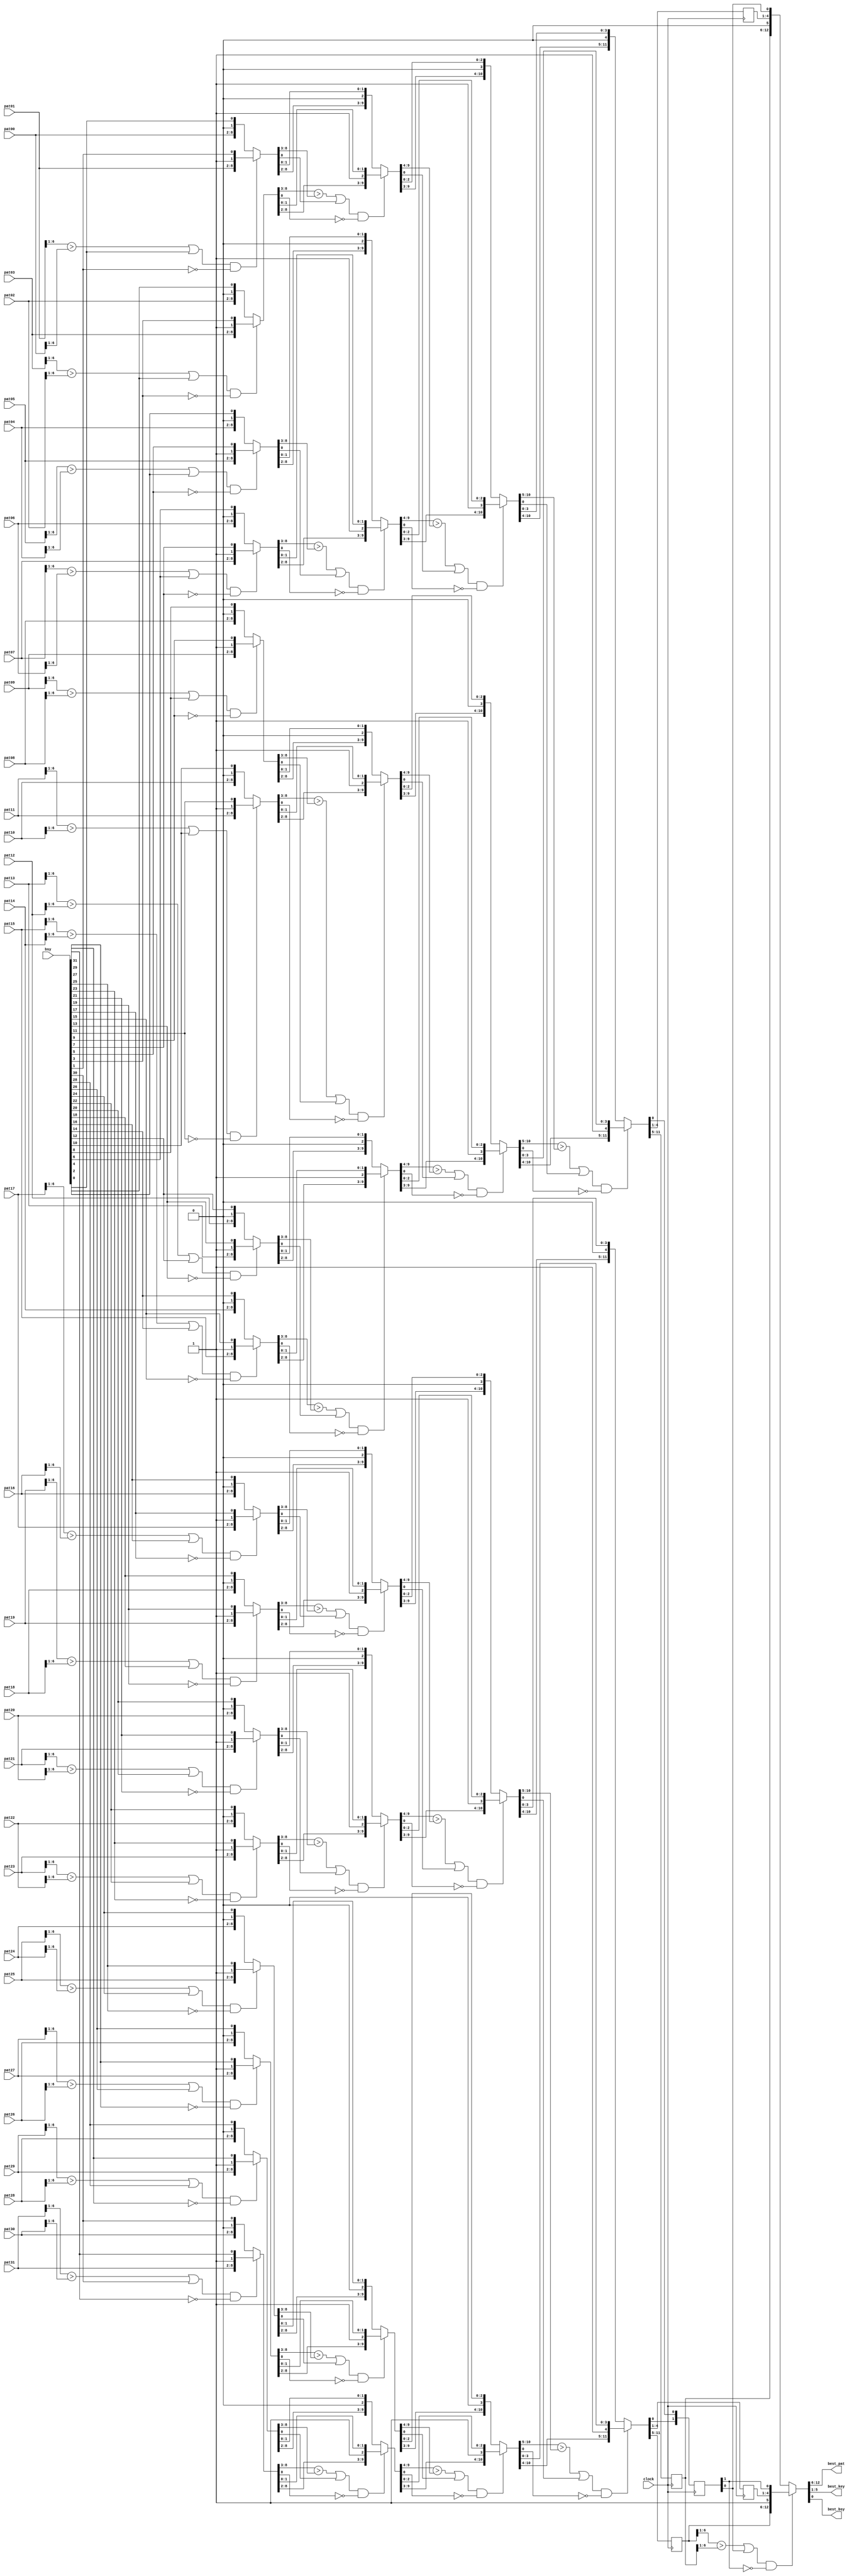
`timescale 1ns / 1ps
//-------------------------------------------------------------------------------------------------------------------
// Best 1 of 32 1/2-strip patterns:
//  Uses compare-by-twos tree to find best 1 of 32 patterns
//
//  11/08/2006  Initial
//  12/11/2006  Add pipeline latches
//  12/13/2006  Non-busy version
//  12/20/2006  Replace envelope hits with pattern ids
//  12/22/2006  Sort based on 6-bit patterns instead of just number of hits
//  01/10/2007  Increase pattern bits to 3 hits + 4 bends
//  01/25/2007  Add busy logic to best_1of32.v
//  01/26/2007  Mod multiplexers to favor lower keys
//  05/04/2007  Remove pipleline clock at 2 of 4 stage
//  05/07/2007  Confirm pipeline is optimized at best 2 of 4 stage
//  05/08/2007  Change pattern numbers 1-9 to 0-8 so lsb now implies bend direction, ignore lsb during sort
//  08/20/2009  Add register balancing
//  08/21/2009  Take out register balancing, ise8.2 does not need it
//  08/12/2010  Port to ISE 12
//-------------------------------------------------------------------------------------------------------------------
  module best_1of32_busy
  (
  clock,

  pat00, pat01, pat02, pat03, pat04, pat05, pat06, pat07,
  pat08, pat09, pat10, pat11, pat12, pat13, pat14, pat15,
  pat16, pat17, pat18, pat19, pat20, pat21, pat22, pat23,
  pat24, pat25, pat26, pat27, pat28, pat29, pat30, pat31,
  bsy,

  best_pat,
  best_key,
  best_bsy
  );

// Constants
  parameter MXPATB    =  3+4;    // Pattern bits
  parameter MXKEYB    =  5;      // Number of 1/2-strip key bits on 1 CFEB
  parameter MXKEY      =  32;      // Number of key 1/2-strips on 1 CFEB

// Ports
  input          clock;

  input  [MXPATB-1:0]  pat00, pat01, pat02, pat03, pat04, pat05, pat06, pat07;
  input  [MXPATB-1:0]  pat08, pat09, pat10, pat11, pat12, pat13, pat14, pat15;
  input  [MXPATB-1:0]  pat16, pat17, pat18, pat19, pat20, pat21, pat22, pat23;
  input  [MXPATB-1:0]  pat24, pat25, pat26, pat27, pat28, pat29, pat30, pat31;
  input  [MXKEY-1:0]    bsy;
  
  output  [MXPATB-1:0]  best_pat;
  output  [MXKEYB-1:0]  best_key;
  output          best_bsy;

// Local 2d Arrays
  wire [MXPATB-1:0]  pat_s0  [15:0];
  wire [MXPATB-1:0]  pat_s1  [7:0];
  wire [MXPATB-1:0]  pat_s2  [3:0];
  reg  [MXPATB-1:0]  pat_s3  [1:0];
  wire [MXPATB-1:0]  pat_s4  [0:0];

  wire [0:0]  key_s0  [15:0];
  wire [1:0]  key_s1  [7:0];
  wire [2:0]  key_s2  [3:0];
  reg  [3:0]  key_s3  [1:0];
  wire [4:0]  key_s4  [0:0];

  wire [15:0]  bsy_s0;
  wire [7:0]  bsy_s1;
  wire [3:0]  bsy_s2;
  reg  [1:0]  bsy_s3;
  wire [0:0]  bsy_s4;

// Stage 0: Best 16 of 32
  assign {pat_s0[15],key_s0[15],bsy_s0[15]} = (pat31[6:1] > pat30[6:1] | bsy[30]) & !bsy[31] ? {pat31,1'b1,bsy[31]} : {pat30,1'b0,bsy[30]};
  assign {pat_s0[14],key_s0[14],bsy_s0[14]} = (pat29[6:1] > pat28[6:1] | bsy[28]) & !bsy[29] ? {pat29,1'b1,bsy[29]} : {pat28,1'b0,bsy[28]};
  assign {pat_s0[13],key_s0[13],bsy_s0[13]} = (pat27[6:1] > pat26[6:1] | bsy[26]) & !bsy[27] ? {pat27,1'b1,bsy[27]} : {pat26,1'b0,bsy[26]};
  assign {pat_s0[12],key_s0[12],bsy_s0[12]} = (pat25[6:1] > pat24[6:1] | bsy[24]) & !bsy[25] ? {pat25,1'b1,bsy[25]} : {pat24,1'b0,bsy[24]};

  assign {pat_s0[11],key_s0[11],bsy_s0[11]} = (pat23[6:1] > pat22[6:1] | bsy[22]) & !bsy[23] ? {pat23,1'b1,bsy[23]} : {pat22,1'b0,bsy[22]};
  assign {pat_s0[10],key_s0[10],bsy_s0[10]} = (pat21[6:1] > pat20[6:1] | bsy[20]) & !bsy[21] ? {pat21,1'b1,bsy[21]} : {pat20,1'b0,bsy[20]};
  assign {pat_s0[ 9],key_s0[ 9],bsy_s0[ 9]} = (pat19[6:1] > pat18[6:1] | bsy[18]) & !bsy[19] ? {pat19,1'b1,bsy[19]} : {pat18,1'b0,bsy[18]};
  assign {pat_s0[ 8],key_s0[ 8],bsy_s0[ 8]} = (pat17[6:1] > pat16[6:1] | bsy[16]) & !bsy[17] ? {pat17,1'b1,bsy[17]} : {pat16,1'b0,bsy[16]};

  assign {pat_s0[ 7],key_s0[ 7],bsy_s0[ 7]} = (pat15[6:1] > pat14[6:1] | bsy[14]) & !bsy[15] ? {pat15,1'b1,bsy[15]} : {pat14,1'b0,bsy[14]};
  assign {pat_s0[ 6],key_s0[ 6],bsy_s0[ 6]} = (pat13[6:1] > pat12[6:1] | bsy[12]) & !bsy[13] ? {pat13,1'b1,bsy[13]} : {pat12,1'b0,bsy[12]};
  assign {pat_s0[ 5],key_s0[ 5],bsy_s0[ 5]} = (pat11[6:1] > pat10[6:1] | bsy[10]) & !bsy[11] ? {pat11,1'b1,bsy[11]} : {pat10,1'b0,bsy[10]};
  assign {pat_s0[ 4],key_s0[ 4],bsy_s0[ 4]} = (pat09[6:1] > pat08[6:1] | bsy[ 8]) & !bsy[ 9] ? {pat09,1'b1,bsy[ 9]} : {pat08,1'b0,bsy[ 8]};

  assign {pat_s0[ 3],key_s0[ 3],bsy_s0[ 3]} = (pat07[6:1] > pat06[6:1] | bsy[ 6]) & !bsy[ 7] ? {pat07,1'b1,bsy[ 7]} : {pat06,1'b0,bsy[ 6]};
  assign {pat_s0[ 2],key_s0[ 2],bsy_s0[ 2]} = (pat05[6:1] > pat04[6:1] | bsy[ 4]) & !bsy[ 5] ? {pat05,1'b1,bsy[ 5]} : {pat04,1'b0,bsy[ 4]};
  assign {pat_s0[ 1],key_s0[ 1],bsy_s0[ 1]} = (pat03[6:1] > pat02[6:1] | bsy[ 2]) & !bsy[ 3] ? {pat03,1'b1,bsy[ 3]} : {pat02,1'b0,bsy[ 2]};
  assign {pat_s0[ 0],key_s0[ 0],bsy_s0[ 0]} = (pat01[6:1] > pat00[6:1] | bsy[ 0]) & !bsy[ 1] ? {pat01,1'b1,bsy[ 1]} : {pat00,1'b0,bsy[ 0]};

// Stage 1: Best 8 of 16
  assign {pat_s1[7],key_s1[7],bsy_s1[7]} = (pat_s0[15][6:1] > pat_s0[14][6:1] | bsy_s0[14]) & !bsy_s0[15] ? {pat_s0[15],{1'b1,key_s0[15]},bsy_s0[15]} : {pat_s0[14],{1'b0,key_s0[14]},bsy_s0[14]};
  assign {pat_s1[6],key_s1[6],bsy_s1[6]} = (pat_s0[13][6:1] > pat_s0[12][6:1] | bsy_s0[12]) & !bsy_s0[13] ? {pat_s0[13],{1'b1,key_s0[13]},bsy_s0[13]} : {pat_s0[12],{1'b0,key_s0[12]},bsy_s0[12]};
  assign {pat_s1[5],key_s1[5],bsy_s1[5]} = (pat_s0[11][6:1] > pat_s0[10][6:1] | bsy_s0[10]) & !bsy_s0[11] ? {pat_s0[11],{1'b1,key_s0[11]},bsy_s0[11]} : {pat_s0[10],{1'b0,key_s0[10]},bsy_s0[10]};
  assign {pat_s1[4],key_s1[4],bsy_s1[4]} = (pat_s0[ 9][6:1] > pat_s0[ 8][6:1] | bsy_s0[ 8]) & !bsy_s0[ 9] ? {pat_s0[ 9],{1'b1,key_s0[ 9]},bsy_s0[ 9]} : {pat_s0[ 8],{1'b0,key_s0[ 8]},bsy_s0[ 8]};
  assign {pat_s1[3],key_s1[3],bsy_s1[3]} = (pat_s0[ 7][6:1] > pat_s0[ 6][6:1] | bsy_s0[ 6]) & !bsy_s0[ 7] ? {pat_s0[ 7],{1'b1,key_s0[ 7]},bsy_s0[ 7]} : {pat_s0[ 6],{1'b0,key_s0[ 6]},bsy_s0[ 6]};
  assign {pat_s1[2],key_s1[2],bsy_s1[2]} = (pat_s0[ 5][6:1] > pat_s0[ 4][6:1] | bsy_s0[ 4]) & !bsy_s0[ 5] ? {pat_s0[ 5],{1'b1,key_s0[ 5]},bsy_s0[ 5]} : {pat_s0[ 4],{1'b0,key_s0[ 4]},bsy_s0[ 4]};
  assign {pat_s1[1],key_s1[1],bsy_s1[1]} = (pat_s0[ 3][6:1] > pat_s0[ 2][6:1] | bsy_s0[ 2]) & !bsy_s0[ 3] ? {pat_s0[ 3],{1'b1,key_s0[ 3]},bsy_s0[ 3]} : {pat_s0[ 2],{1'b0,key_s0[ 2]},bsy_s0[ 2]};
  assign {pat_s1[0],key_s1[0],bsy_s1[0]} = (pat_s0[ 1][6:1] > pat_s0[ 0][6:1] | bsy_s0[ 0]) & !bsy_s0[ 1] ? {pat_s0[ 1],{1'b1,key_s0[ 1]},bsy_s0[ 1]} : {pat_s0[ 0],{1'b0,key_s0[ 0]},bsy_s0[ 0]};

// Stage 2: Best 4 of 8
  assign {pat_s2[3],key_s2[3],bsy_s2[3]} = (pat_s1[7][6:1] > pat_s1[6][6:1] | bsy_s1[6]) & !bsy_s1[7] ? {pat_s1[7],{1'b1,key_s1[7]},bsy_s1[7]} : {pat_s1[6],{1'b0,key_s1[6]},bsy_s1[6]};
  assign {pat_s2[2],key_s2[2],bsy_s2[2]} = (pat_s1[5][6:1] > pat_s1[4][6:1] | bsy_s1[4]) & !bsy_s1[5] ? {pat_s1[5],{1'b1,key_s1[5]},bsy_s1[5]} : {pat_s1[4],{1'b0,key_s1[4]},bsy_s1[4]};
  assign {pat_s2[1],key_s2[1],bsy_s2[1]} = (pat_s1[3][6:1] > pat_s1[2][6:1] | bsy_s1[2]) & !bsy_s1[3] ? {pat_s1[3],{1'b1,key_s1[3]},bsy_s1[3]} : {pat_s1[2],{1'b0,key_s1[2]},bsy_s1[2]};
  assign {pat_s2[0],key_s2[0],bsy_s2[0]} = (pat_s1[1][6:1] > pat_s1[0][6:1] | bsy_s1[0]) & !bsy_s1[1] ? {pat_s1[1],{1'b1,key_s1[1]},bsy_s1[1]} : {pat_s1[0],{1'b0,key_s1[0]},bsy_s1[0]};

// Stage 3: Best 2 of 4, pipeline latch
  always @(posedge clock) begin
         {pat_s3[1],key_s3[1],bsy_s3[1]} = (pat_s2[3][6:1] > pat_s2[2][6:1] | bsy_s2[2]) & !bsy_s2[3] ? {pat_s2[3],{1'b1,key_s2[3]},bsy_s2[3]} : {pat_s2[2],{1'b0,key_s2[2]},bsy_s2[2]};
         {pat_s3[0],key_s3[0],bsy_s3[0]} = (pat_s2[1][6:1] > pat_s2[0][6:1] | bsy_s2[0]) & !bsy_s2[1] ? {pat_s2[1],{1'b1,key_s2[1]},bsy_s2[1]} : {pat_s2[0],{1'b0,key_s2[0]},bsy_s2[0]};
  end

// Stage 4: Best 1 of 2
  assign {pat_s4[0],key_s4[0],bsy_s4[0]} = (pat_s3[1][6:1] > pat_s3[0][6:1] | bsy_s3[0]) & !bsy_s3[1] ? {pat_s3[1],{1'b1,key_s3[1]},bsy_s3[1]} : {pat_s3[0],{1'b0,key_s3[0]},bsy_s3[0]};

  assign best_pat = pat_s4[0];
  assign best_key = key_s4[0];
  assign best_bsy = bsy_s4[0];

//-------------------------------------------------------------------------------------------------------------------
  endmodule
//-------------------------------------------------------------------------------------------------------------------